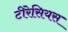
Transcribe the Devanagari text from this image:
टीरेसियस